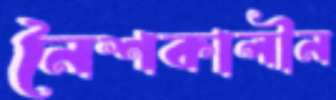
নৈশকালীন